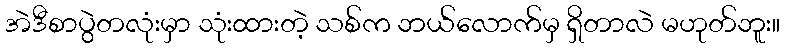
အဲဒီစာပွဲတလုံးမှာ သုံးထားတဲ့ သစ်က ဘယ်လောက်မှ ရှိတာလဲ မဟုတ်ဘူး။